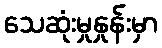
သေဆုံးမှုနှုန်းမှာ